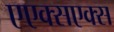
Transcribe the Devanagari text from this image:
एएक्सएक्स